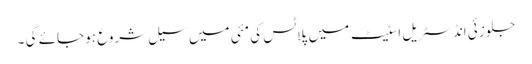
جلوزئی انڈسٹریل اسٹیٹ میں پلاٹس کی مئی میں سیل شروع ہو جائے گی ۔